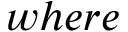
w h e r e